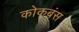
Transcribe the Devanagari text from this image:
कोकबंस